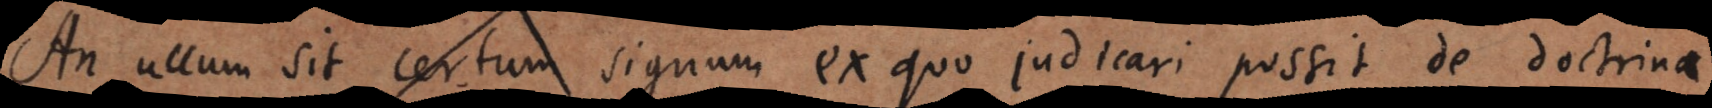
An ullum sit certum signum ex quo judicari possit de doctrinae